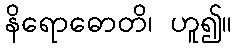
နိရောဓောတိ၊ ဟူ၍။